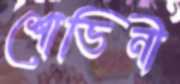
শোভিনী